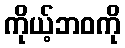
ကိုယ့်ဘဝကို